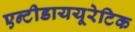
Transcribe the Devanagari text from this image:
एन्टीडाययूरेटिक